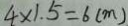
4 \times 1 . 5 = 6 ( m )